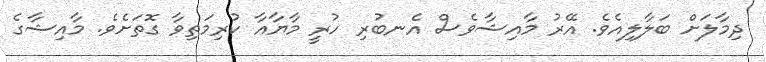
ދިމާލަށް ބަލާލިއެވެ. އޭރު މާއިޝާވެސް އެނބުރި ހުރީ މާޔާއާ ކުރިމަތިވާ ގޮތަށެވެ. މާއިޝާގެ